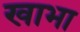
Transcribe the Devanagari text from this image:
खाभा